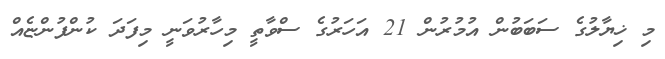
މި ޚިޔާލުގެ ސަބަބުން އުމުރުން 21 އަހަރުގެ ސްވާތީ މިހާރުވަނީ މިފަދަ ކުންފުންޏެއް